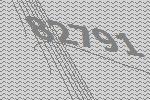
82791